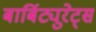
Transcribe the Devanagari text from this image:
बार्बिट्युरेट्स